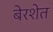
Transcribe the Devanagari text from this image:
बेरशेत